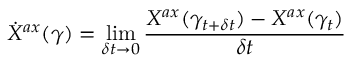
\dot { X } ^ { a x } ( \gamma ) = \operatorname * { l i m } _ { \delta t \rightarrow 0 } \frac { X ^ { a x } ( \gamma _ { t + \delta t } ) - X ^ { a x } ( \gamma _ { t } ) } { \delta t }